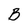
Character: B